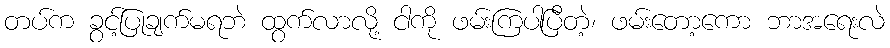
တပ်က ခွင့်ပြုချက်မရဘဲ ထွက်လာလို့ ငါကို ဖမ်းကြပါပြီတဲ့၊ ဖမ်းတော့ကော ဘာအရေးလဲ